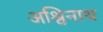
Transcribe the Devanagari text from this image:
अश्विनाथ